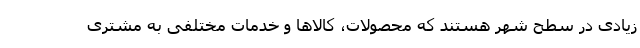
زیادی در سطح شهر هستند که محصولات، کالاها و خدمات مختلفی به مشتری